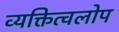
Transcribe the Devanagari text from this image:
व्यक्तित्वलोप